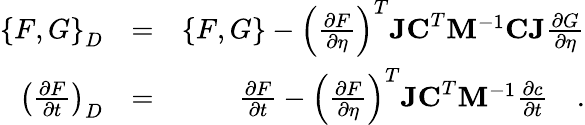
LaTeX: \begin{array}{rlr}{\left\{ F,G\right\} _{D}}&{=}&{\left\{ F,G\right\} -\left(\frac{\partial F}{\partial\eta}\right)^{T}\mathbf{JC}^{T}\mathbf{M}^{-1}\mathbf{CJ}\frac{\partial G}{\partial\eta}}\\ {\left(\frac{\partial F}{\partial t}\right)_{D}}&{=}&{\frac{\partial F}{\partial t}-\left(\frac{\partial F}{\partial\eta}\right)^{T}\mathbf{JC}^{T}\mathbf{M}^{-1}\frac{\partial c}{\partial t}\quad.}\end{array}